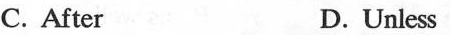
C. After D.Unless